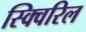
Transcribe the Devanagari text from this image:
स्क्विरिल